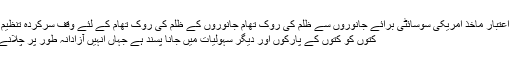
[5] ایکس قابل اعتبار ماخذ امریکی سوسائٹی برائے جانوروں سے ظلم کی روک تھام جانوروں کے ظلم کی روک تھام کے لئے وقف سرکردہ تنظیم ماخذ پر جائیں
کتوں کو کتوں کے پارکوں اور دیگر سہولیات میں جانا پسند ہے جہاں انہیں آزادانہ طور پر چلانے کا موقع ملے۔